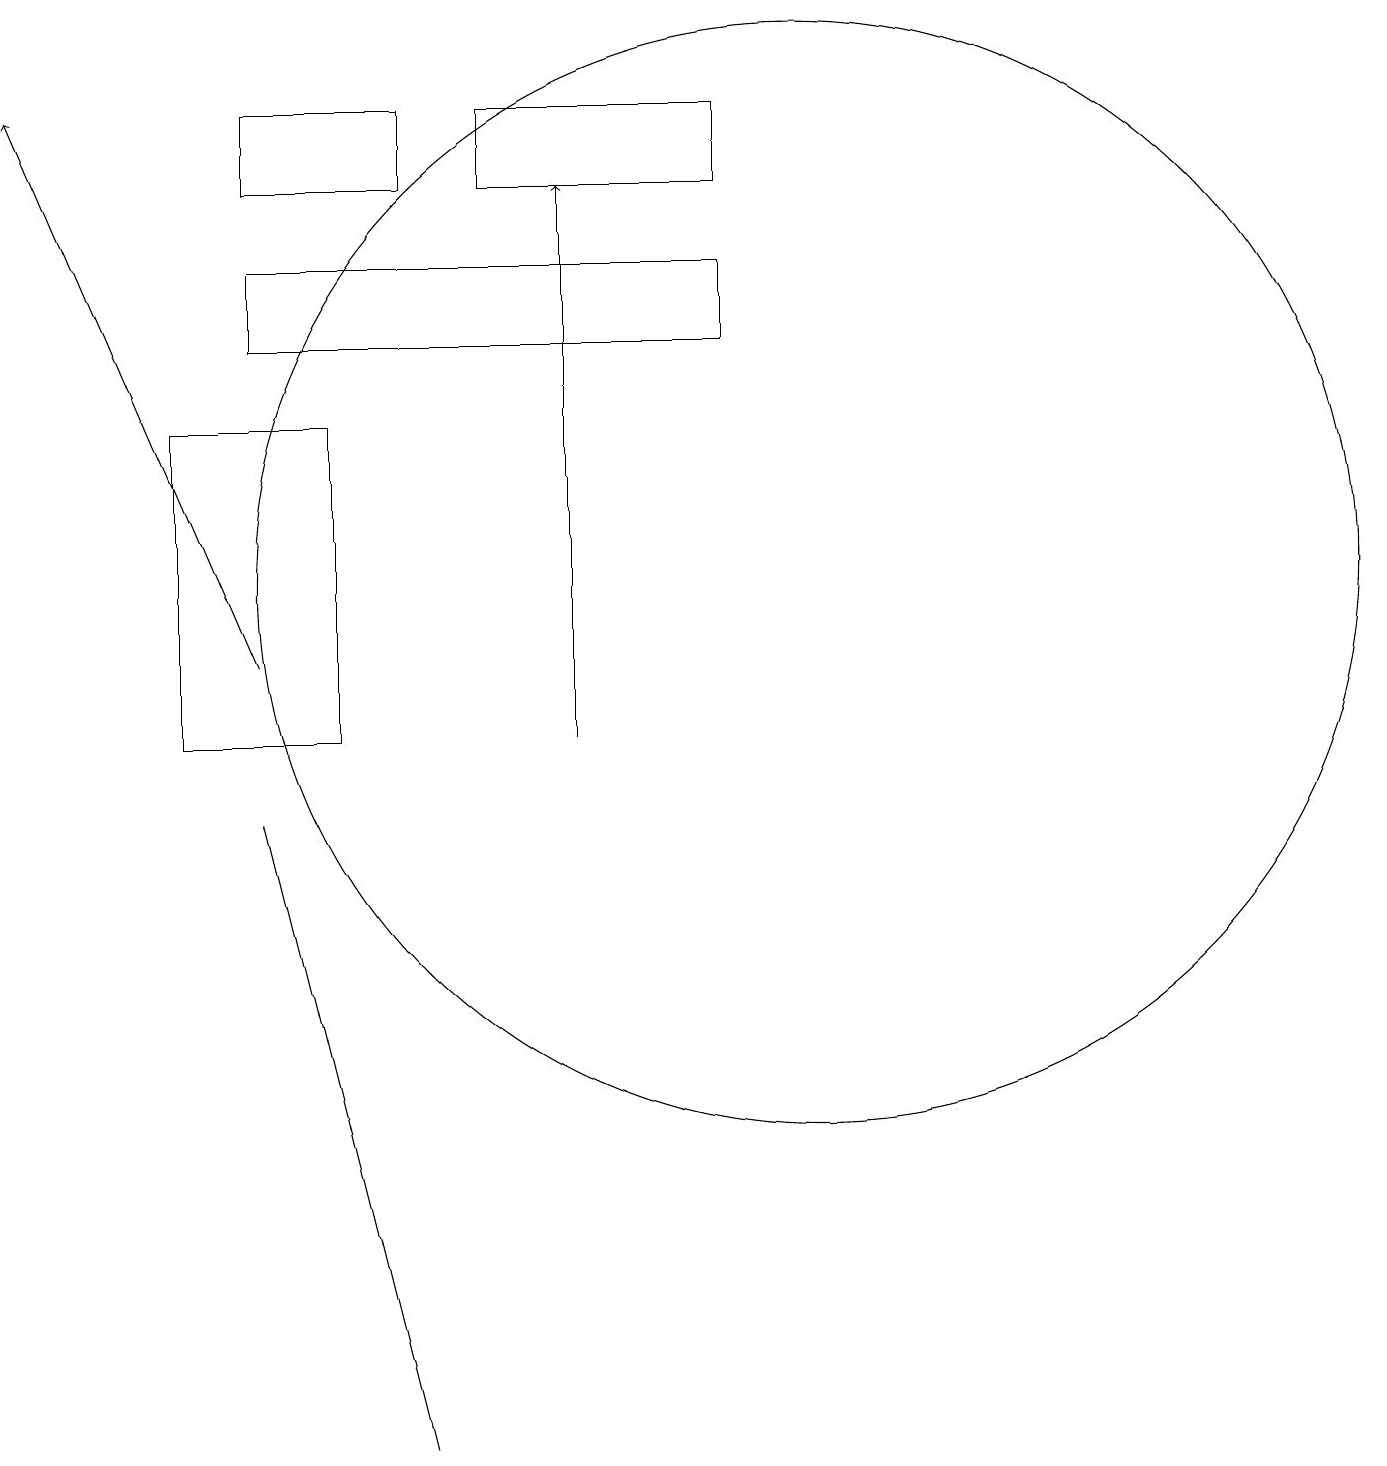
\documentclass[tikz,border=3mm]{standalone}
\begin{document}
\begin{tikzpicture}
\draw (5,1) -- (3,9) -- (3,9) -- cycle;
\draw[->] (7,10) -- (7,17);
\draw (10,12) circle (7);
\draw (9,16) rectangle (3,15);
\draw (2,10) rectangle (4,14);
\draw (9,17) rectangle (6,18);
\draw[->] (3,11) -- (0,18);
\draw (5,18) rectangle (3,17);
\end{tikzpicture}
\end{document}